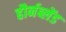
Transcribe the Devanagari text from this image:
हौर्नब्लेंड